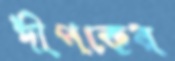
দীপকের